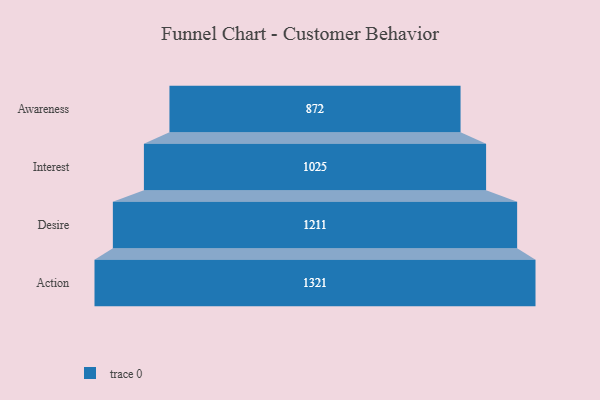
{"axis": {"x": "Stage", "y": "Value"}, "legend": [""], "data": [{"x": "Awareness", "y": 872.0, "type": ""}, {"x": "Interest", "y": 1025.0, "type": ""}, {"x": "Desire", "y": 1211.0, "type": ""}, {"x": "Action", "y": 1321.0, "type": ""}]}